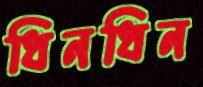
ধিনধিন